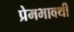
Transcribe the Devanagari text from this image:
प्रेमभावथी